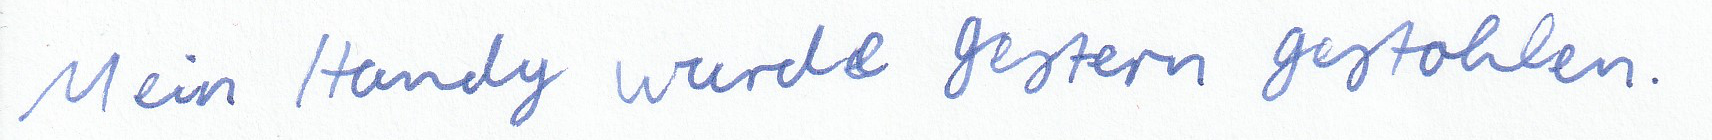
Mein Handy wurde gestern gestohlen.